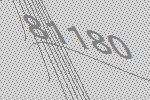
81180